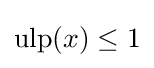
\operatorname {ulp} (x)\leq 1